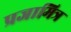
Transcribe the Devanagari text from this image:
प्रजामित्र